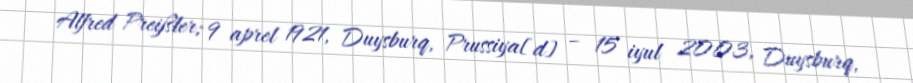
Alfred Preißler; 9 aprel 1921, Duysburq, Prussiya[d] – 15 iyul 2003, Duysburq,